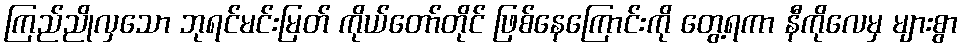
ကြည်ညိုလှသော ဘုရင်မင်းမြတ် ကိုယ်တော်တိုင် ဖြစ်နေကြောင်းကို တွေ့ရကာ နီကိုလေမှ များစွာ